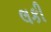
લકી